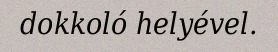
dokkoló helyével.